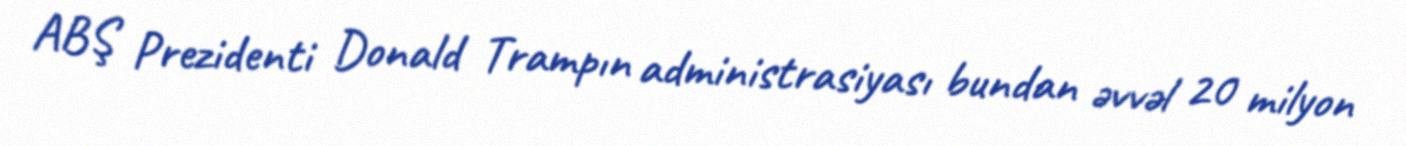
ABŞ Prezidenti Donald Trampın administrasiyası bundan əvvəl 20 milyon